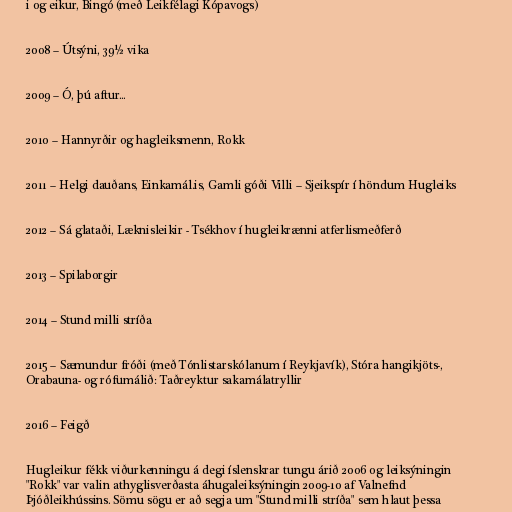
i og eikur, Bingó (með Leikfélagi Kópavogs)

2008 – Útsýni, 39½ vika

2009 – Ó, þú aftur...

2010 – Hannyrðir og hagleiksmenn, Rokk

2011 – Helgi dauðans, Einkamál.is, Gamli góði Villi – Sjeikspír í höndum Hugleiks

2012 – Sá glataði, Læknisleikir - Tsékhov í hugleikrænni atferlismeðferð

2013 – Spilaborgir

2014 – Stund milli stríða

2015 – Sæmundur fróði (með Tónlistarskólanum í Reykjavík), Stóra hangikjöts-,
Orabauna- og rófumálið: Taðreyktur sakamálatryllir

2016 – Feigð

Hugleikur fékk viðurkenningu á degi íslenskrar tungu árið 2006 og leiksýningin
"Rokk" var valin athyglisverðasta áhugaleiksýningin 2009-10 af Valnefnd
Þjóðleikhússins. Sömu sögu er að segja um "Stund milli stríða" sem hlaut þessa